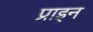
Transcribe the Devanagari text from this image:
प्राइन